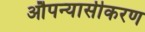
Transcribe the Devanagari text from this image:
औपन्यासीकरण